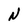
Character: N